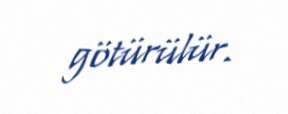
götürülür.